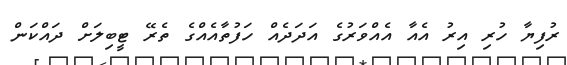
ރުފިޔާ ހުރި އިރު އެއާ އެއްވަރުގެ އަދަދެއް ހަފުތާއެއްގެ ތެރޭ ޓީބިލަށް ދައްކަން